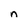
Character: n